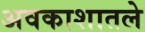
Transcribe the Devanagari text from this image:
अवकाशातले